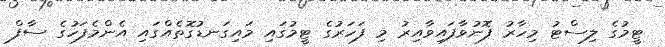
ޓީމުގެ ލިސްޓު މިހާރު ފޮނުވާފައިވާއިރު މި ފަހަރުގެ ޓީމުގައި މައިގަނޑުގޮތެއްގައި އެންމެފަހުގެ ސާފް